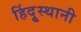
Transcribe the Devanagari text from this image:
हिंदूुस्थानी